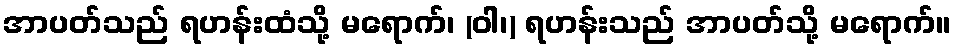
အာပတ်သည် ရဟန်းထံသို့ မရောက်၊ (ဝါ၊) ရဟန်းသည် အာပတ်သို့ မရောက်။